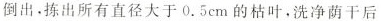
倒出。拣出所有直径大于0.5cm的枯叶。洗净荫干后